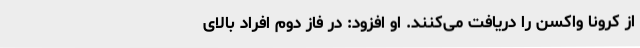
از کرونا واکسن را دریافت می‌کنند. او افزود: در فاز دوم افراد بالای